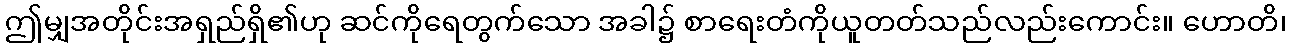
ဤမျှအတိုင်းအရှည်ရှိ၏ဟု ဆင်ကိုရေတွက်သော အခါ၌ စာရေးတံကိုယူတတ်သည်လည်းကောင်း။ ဟောတိ၊